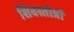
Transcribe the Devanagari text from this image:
शिवस्तोत्रों